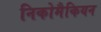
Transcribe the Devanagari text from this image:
निकोमैकियन